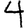
Digit: 4